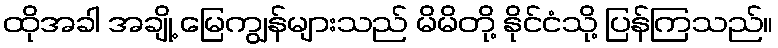
ထိုအခါ အချို့ မြေကျွန်များသည် မိမိတို့ နိုင်ငံသို့ ပြန်ကြသည်။